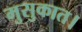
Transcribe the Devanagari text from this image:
मुसुकात।